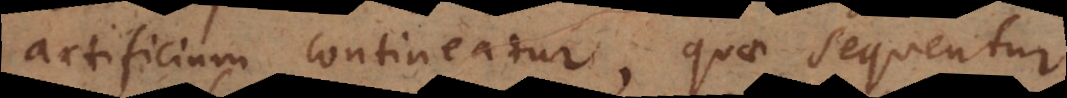
artificium contineatur, quae sequentur